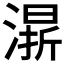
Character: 𣼬